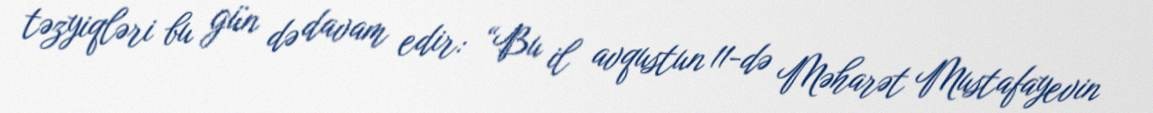
təzyiqləri bu gün də davam edir: “Bu il avqustun 11-də Məharət Mustafayevin